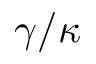
\gamma / \kappa